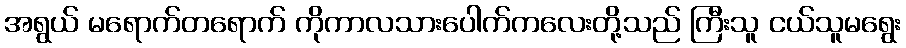
အရွယ် မရောက်တရောက် ကိုကာလသားပေါက်ကလေးတို့သည် ကြီးသူ ငယ်သူမရွေး